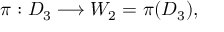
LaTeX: \pi : D _ { 3 } \longrightarrow W _ { 2 } = \pi ( D _ { 3 } ) ,